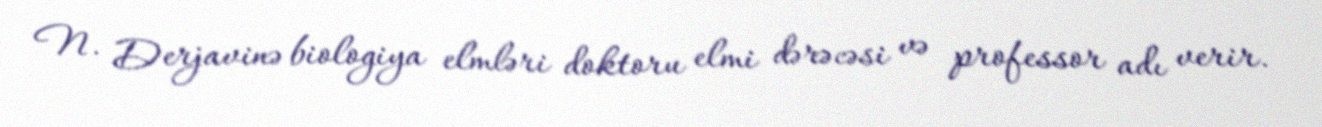
N. Derjavinə biologiya elmləri doktoru elmi dərəcəsi və professor adı verir.